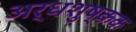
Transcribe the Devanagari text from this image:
अर्धशुष्कक